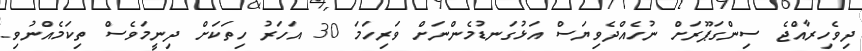
ދިވެހިރާއްޖެ ސިންގަޕޫރަށް ނުހެއްދެވިޔަސް އަޅުގަނޑުމެންނަށް ވަރިހަމަ 30 އަހަރު ހިތަކަށް ދިނީމަވެސް ތިކަމެއްނުވި.